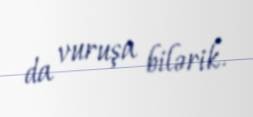
da vuruşa bilərik.